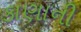
કાણાની